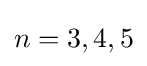
n=3,4,5